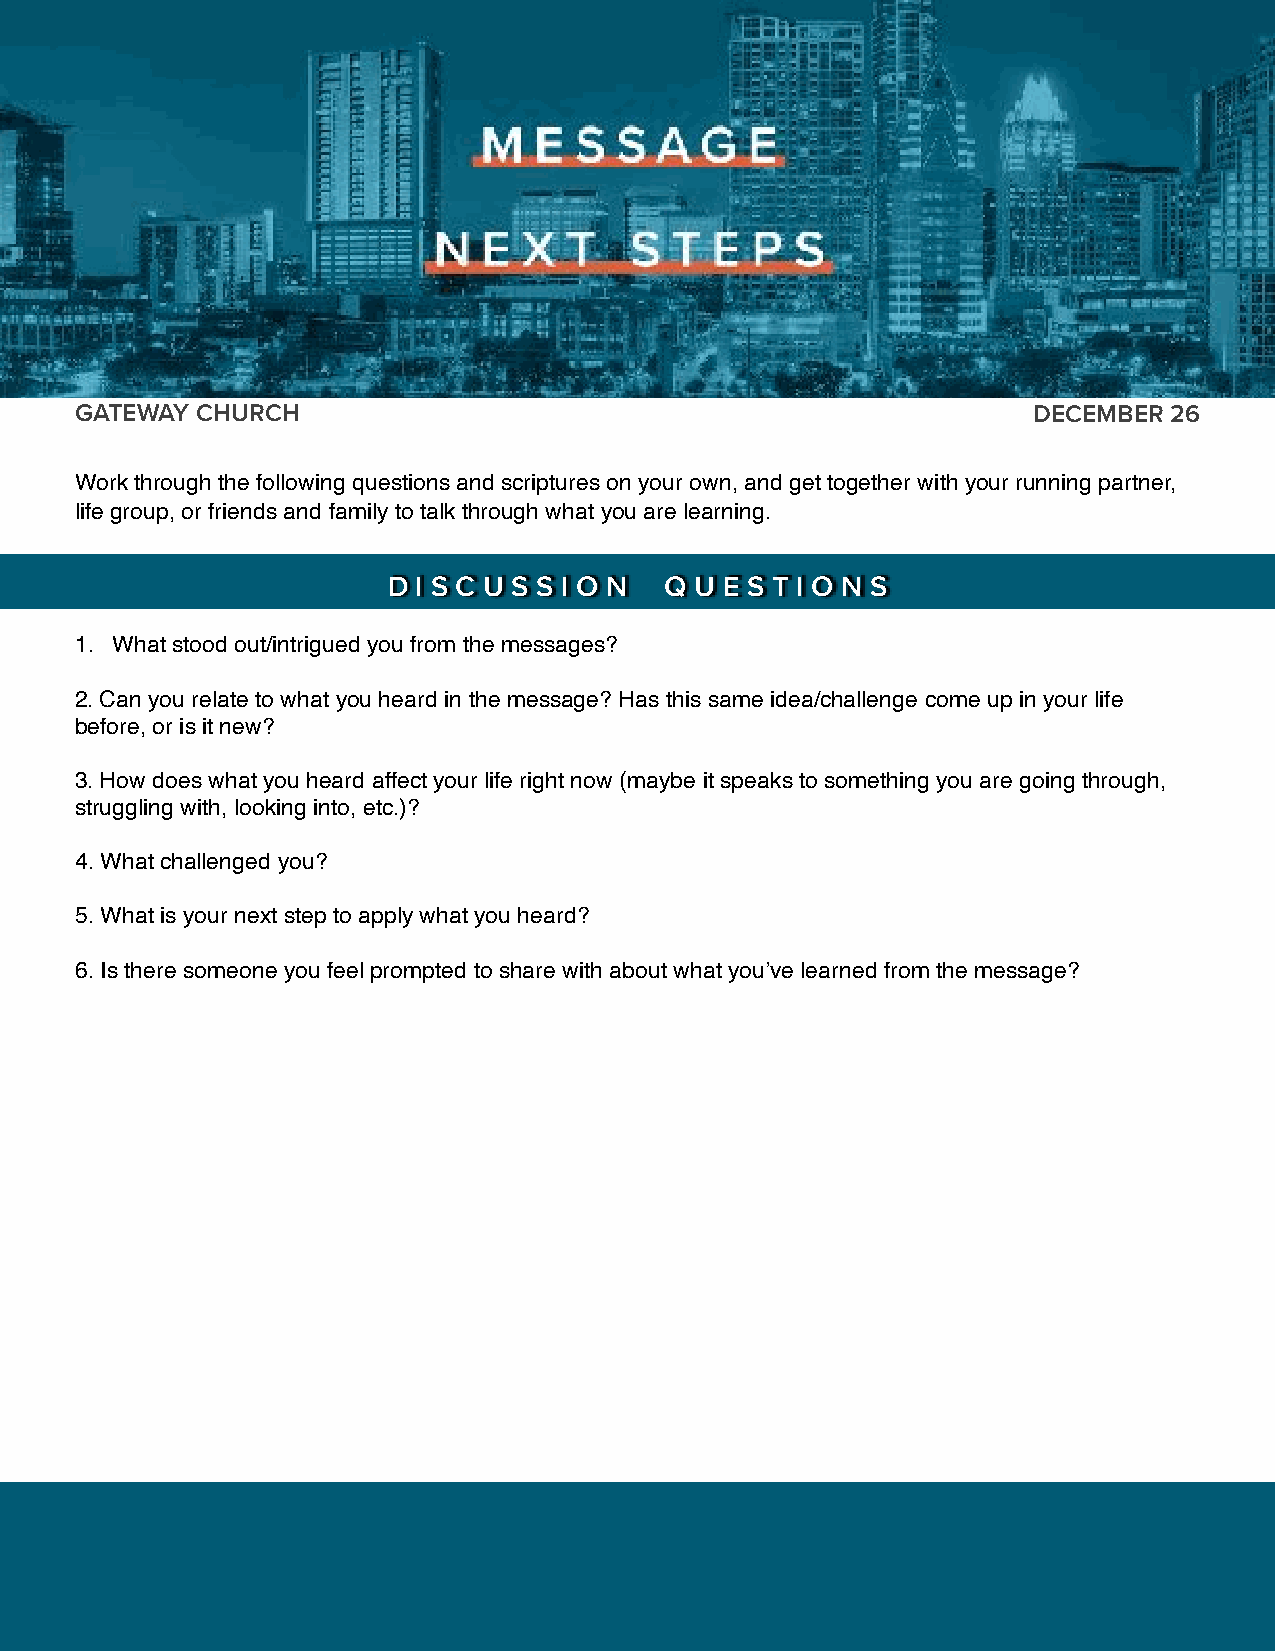
GATEWAY CHURCH                                                 DECEMBER 26
 Work through the following questions and scriptures on your own, and get together with your running partner,
 life group, or friends and family to talk through what you are learning.
 D I S C U S S I O N Q U E S T I O N S
 1. What stood out/intrigued you from the messages?
 2. Can you relate to what you heard in the message? Has this same idea/challenge come up in your life
 before, or is it new?
 3. How does what you heard affect your life right now (maybe it speaks to something you are going through,
 struggling with, looking into, etc.)?
 4. What challenged you?
 5. What is your next step to apply what you heard?
 6. Is there someone you feel prompted to share with about what you’ve learned from the message?